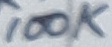
Text: 100K